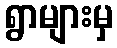
ရွာများမှ